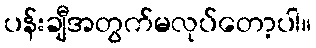
ပန်းချီအတွက်မလုပ်တော့ပါ။